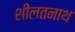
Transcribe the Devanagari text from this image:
शीलतनाथ